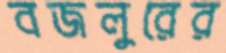
বজলুরের